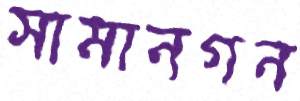
সামানগন